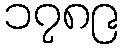
၁၇၈၉